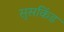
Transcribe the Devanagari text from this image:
सुसकिंड